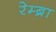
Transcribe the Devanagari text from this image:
रेम्ब्रा